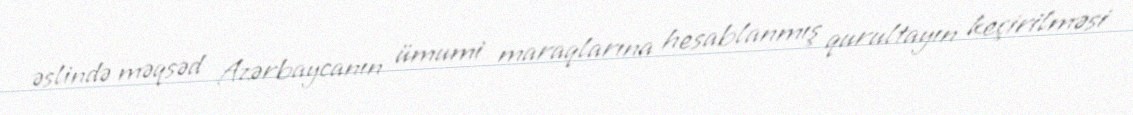
əslində məqsəd Azərbaycanın ümumi maraqlarına hesablanmış qurultayın keçirilməsi